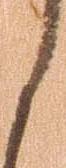
く